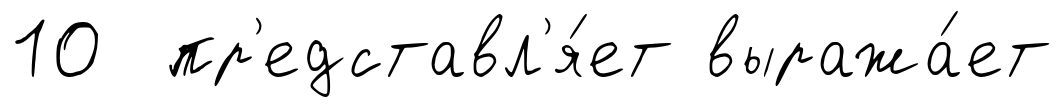
10 пр'едставл'я́ет выража́ет